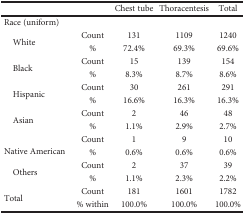
| <COLSPAN=2>  | Chest tube | Thoracentesis | Total |
 | --- | --- | --- | --- | --- |
 | <COLSPAN=5> Race (uniform) |
 | <ROWSPAN=2> White | Count | 131 | 1109 | 1240 |
 | % | 72.4% | 69.3% | 69.6% |
 | <ROWSPAN=2> Black | Count | 15 | 139 | 154 |
 | % | 8.3% | 8.7% | 8.6% |
 | <ROWSPAN=2> Hispanic | Count | 30 | 261 | 291 |
 | % | 16.6% | 16.3% | 16.3% |
 | <ROWSPAN=2> Asian | Count | 2 | 46 | 48 |
 | % | 1.1% | 2.9% | 2.7% |
 | <ROWSPAN=2> Native American | Count | 1 | 9 | 10 |
 | % | 0.6% | 0.6% | 0.6% |
 | <ROWSPAN=2> Others | Count | 2 | 37 | 39 |
 | % | 1.1% | 2.3% | 2.2% |
 | <ROWSPAN=2> Total | Count | 181 | 1601 | 1782 |
 | % within | 100.0% | 100.0% | 100.0% |